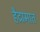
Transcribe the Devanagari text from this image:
हैद्रामात